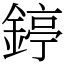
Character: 𨪃